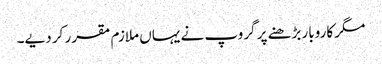
مگر کاروبار بڑھنے پر گروپ نے یہاں ملازم مقرر کر دیے۔